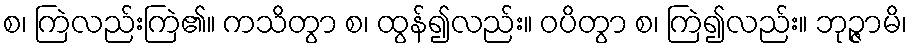
စ၊ ကြဲလည်းကြဲ၏။ ကသိတွာ စ၊ ထွန်၍လည်း။ ဝပိတွာ စ၊ ကြဲ၍လည်း။ ဘုဉ္ဇာမိ၊